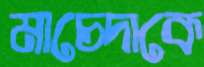
মাচেদাকে